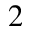
^ { 2 }